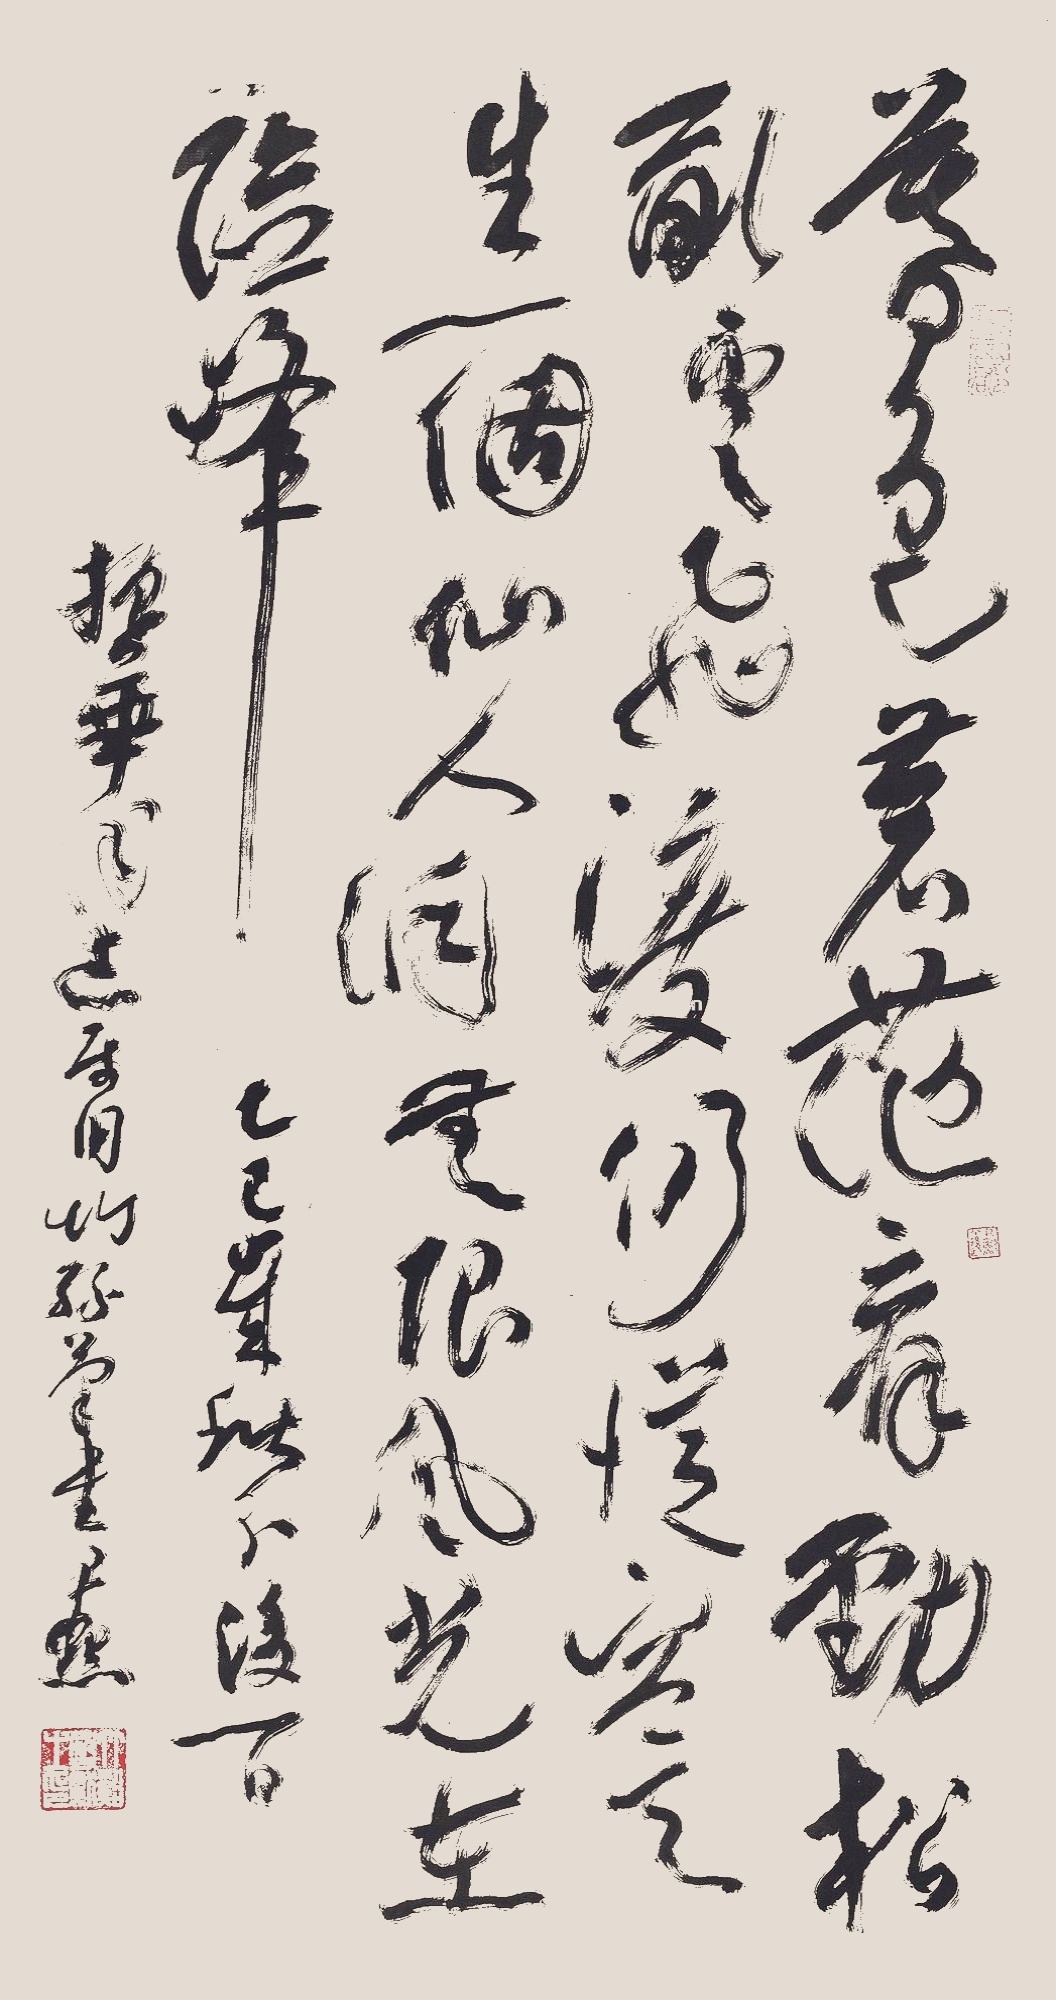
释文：暮色苍茫看劲松，乱云飞渡仍从容。天生一个仙人洞，无限风光在险峰。乙巳岁秋分后一日，振华同志属，用竹丝笔书，尹默。